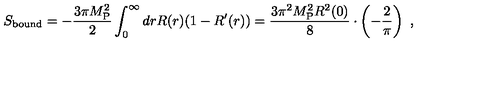
S _ { \mathrm { b o u n d } } = - { \frac { 3 \pi M _ { \mathrm { P } } ^ { 2 } } { 2 } } \int _ { 0 } ^ { \infty } d r R ( r ) ( 1 - R ^ { \prime } ( r ) ) = { \frac { 3 \pi ^ { 2 } M _ { \mathrm { P } } ^ { 2 } R ^ { 2 } ( 0 ) } { 8 } } \cdot \left( - { \frac { 2 } { \pi } } \right) \ ,